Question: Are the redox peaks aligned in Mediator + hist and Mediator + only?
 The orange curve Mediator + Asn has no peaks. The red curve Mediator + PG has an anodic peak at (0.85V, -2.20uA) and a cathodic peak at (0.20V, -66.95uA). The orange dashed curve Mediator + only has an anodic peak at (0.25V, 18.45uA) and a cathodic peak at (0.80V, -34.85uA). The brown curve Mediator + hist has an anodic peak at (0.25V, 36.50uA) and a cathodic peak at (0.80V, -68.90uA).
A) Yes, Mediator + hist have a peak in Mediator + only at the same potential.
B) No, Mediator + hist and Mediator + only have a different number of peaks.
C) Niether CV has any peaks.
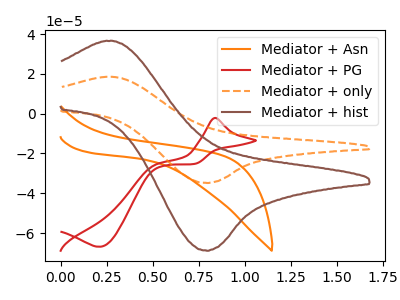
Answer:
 <answer>A) Yes, "Mediator + hist" have a peak in "Mediator + only" at the same potential.</answer>
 <eval>A</eval>